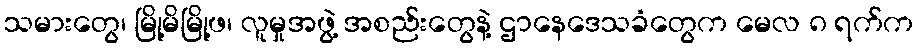
သမားတွေ၊ မြို့မိမြို့ဖ၊ လူမှုအဖွဲ့ အစည်းတွေနဲ့ ဌာနေဒေသခံတွေက မေလ ၈ ရက်က